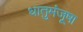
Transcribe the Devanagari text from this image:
धातुमंजूषा